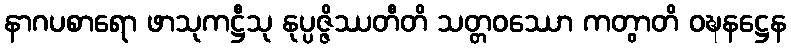
နာဂပစာရော ဖာသုကဋ္ဌီသု နုပ္ပဇ္ဇိဿတီတိ သတ္တဝဿော ကတွာတိ ဝဍ္ဎနဋ္ဌေန